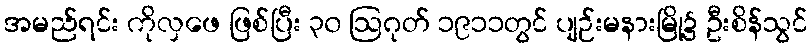
အမည်ရင်း ကိုလှဖေ ဖြစ်ပြီး ၃၀ ဩဂုတ် ၁၉၁၁တွင် ပျဉ်းမနားမြို့၌ ဦးစိန်သွင်